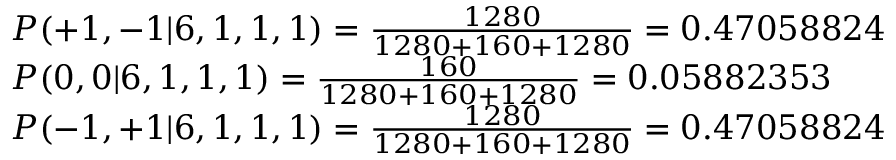
\begin{array} { l l } { P ( + 1 , - 1 | 6 , 1 , 1 , 1 ) = \frac { 1 2 8 0 } { 1 2 8 0 + 1 6 0 + 1 2 8 0 } = 0 . 4 7 0 5 8 8 2 4 } \\ { P ( 0 , 0 | 6 , 1 , 1 , 1 ) = \frac { 1 6 0 } { 1 2 8 0 + 1 6 0 + 1 2 8 0 } = 0 . 0 5 8 8 2 3 5 3 } \\ { P ( - 1 , + 1 | 6 , 1 , 1 , 1 ) = \frac { 1 2 8 0 } { 1 2 8 0 + 1 6 0 + 1 2 8 0 } = 0 . 4 7 0 5 8 8 2 4 } \end{array}